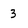
Character: 3